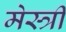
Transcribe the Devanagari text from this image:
मेस्‍त्री